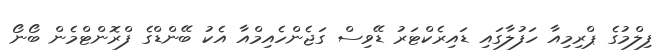
ފިލްމުގެ ޕްރިމިއާ ހަފުލާގައި ޑައިރެކްޓަރު ޑޭވިސް ގަޖެންހެއިމްއާ އެކު ބޭންޑްގެ ފްރޮންޓްމެން ބޯނޯ